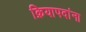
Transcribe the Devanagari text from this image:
क्रियापदांना